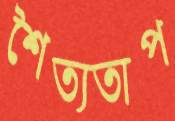
শৈত্যতাপ